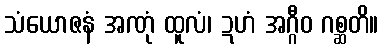
သံယောဇနံ အဏုံ ထူလံ၊ ဍဟံ အဂ္ဂီဝ ဂစ္ဆတိ။